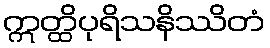
ဣတ္ထိပုရိသနိဿိတံ